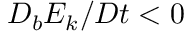
D _ { b } E _ { k } / D t < 0